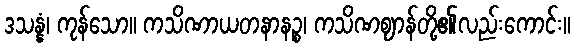
ဒသန္နံ၊ ကုန်သော။ ကသိဏာယတနာနဉ္စ၊ ကသိဏဈာန်တို့၏လည်းကောင်း။